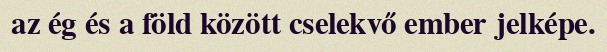
az ég és a föld között cselekvő ember jelképe.